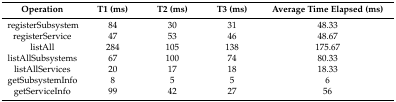
<table><thead><tr><td><b>Operation</b></td><td><b>T1 (ms)</b></td><td><b>T2 (ms)</b></td><td><b>T3 (ms)</b></td><td><b>Average Time Elapsed (ms)</b></td></tr></thead><tbody><tr><td>registerSubsystem</td><td>84</td><td>30</td><td>31</td><td>48.33</td></tr><tr><td>registerService</td><td>47</td><td>53</td><td>46</td><td>48.67</td></tr><tr><td>listAll</td><td>284</td><td>105</td><td>138</td><td>175.67</td></tr><tr><td>listAllSubsystems</td><td>67</td><td>100</td><td>74</td><td>80.33</td></tr><tr><td>listAllServices</td><td>20</td><td>17</td><td>18</td><td>18.33</td></tr><tr><td>getSubsystemInfo</td><td>8</td><td>5</td><td>5</td><td>6</td></tr><tr><td>getServiceInfo</td><td>99</td><td>42</td><td>27</td><td>56</td></tr></tbody></table>